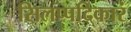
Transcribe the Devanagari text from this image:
सिलप्पदिकारं